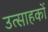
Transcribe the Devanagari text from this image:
उत्साहकों